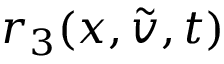
r _ { 3 } ( x , \tilde { v } , t )